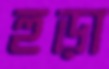
হুড়া